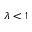
\lambda < 1